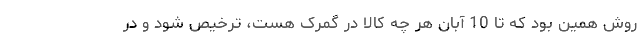
روش همین بود که تا 10 آبان هر چه کالا در گمرک هست، ترخیص شود و در